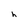
Character: h